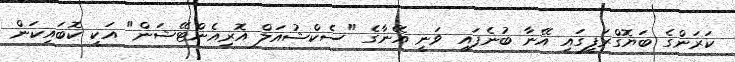
ކަރަންގެ ބަޔޮގްރަފީގައި އޭނާ ބުނެފައި ވަނީ އޭނާގެ "ސެކްޝުއަލް އޮރިއެންޓޭޝަން" އަކީ ކޮބައިކަން